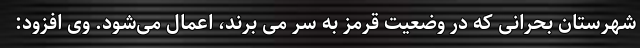
شهرستان بحرانی که در وضعیت قرمز به سر می برند، اعمال می‌شود. وی افزود: